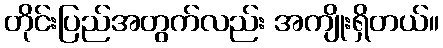
တိုင်းပြည်အတွက်လည်း အကျိုးရှိတယ်။